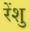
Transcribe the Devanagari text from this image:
रेंशु